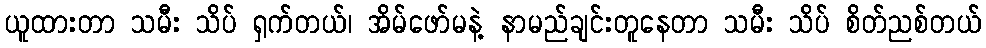
ယူထားတာ သမီး သိပ် ရှက်တယ်၊ အိမ်ဖော်မနဲ့ နာမည်ချင်းတူနေတာ သမီး သိပ် စိတ်ညစ်တယ်